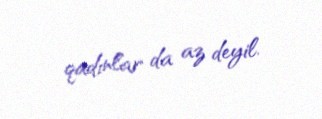
qadınlar da az deyil.